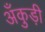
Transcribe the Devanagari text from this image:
अँकुड़ी